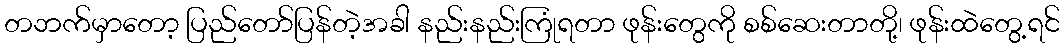
တဘက်မှာတော့ ပြည်တော်ပြန်တဲ့အခါ နည်းနည်းကြုံရတာ ဖုန်းတွေကို စစ်ဆေးတာတို့၊ ဖုန်းထဲတွေ့ရင်